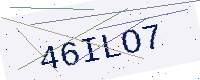
Text: 46ILO7